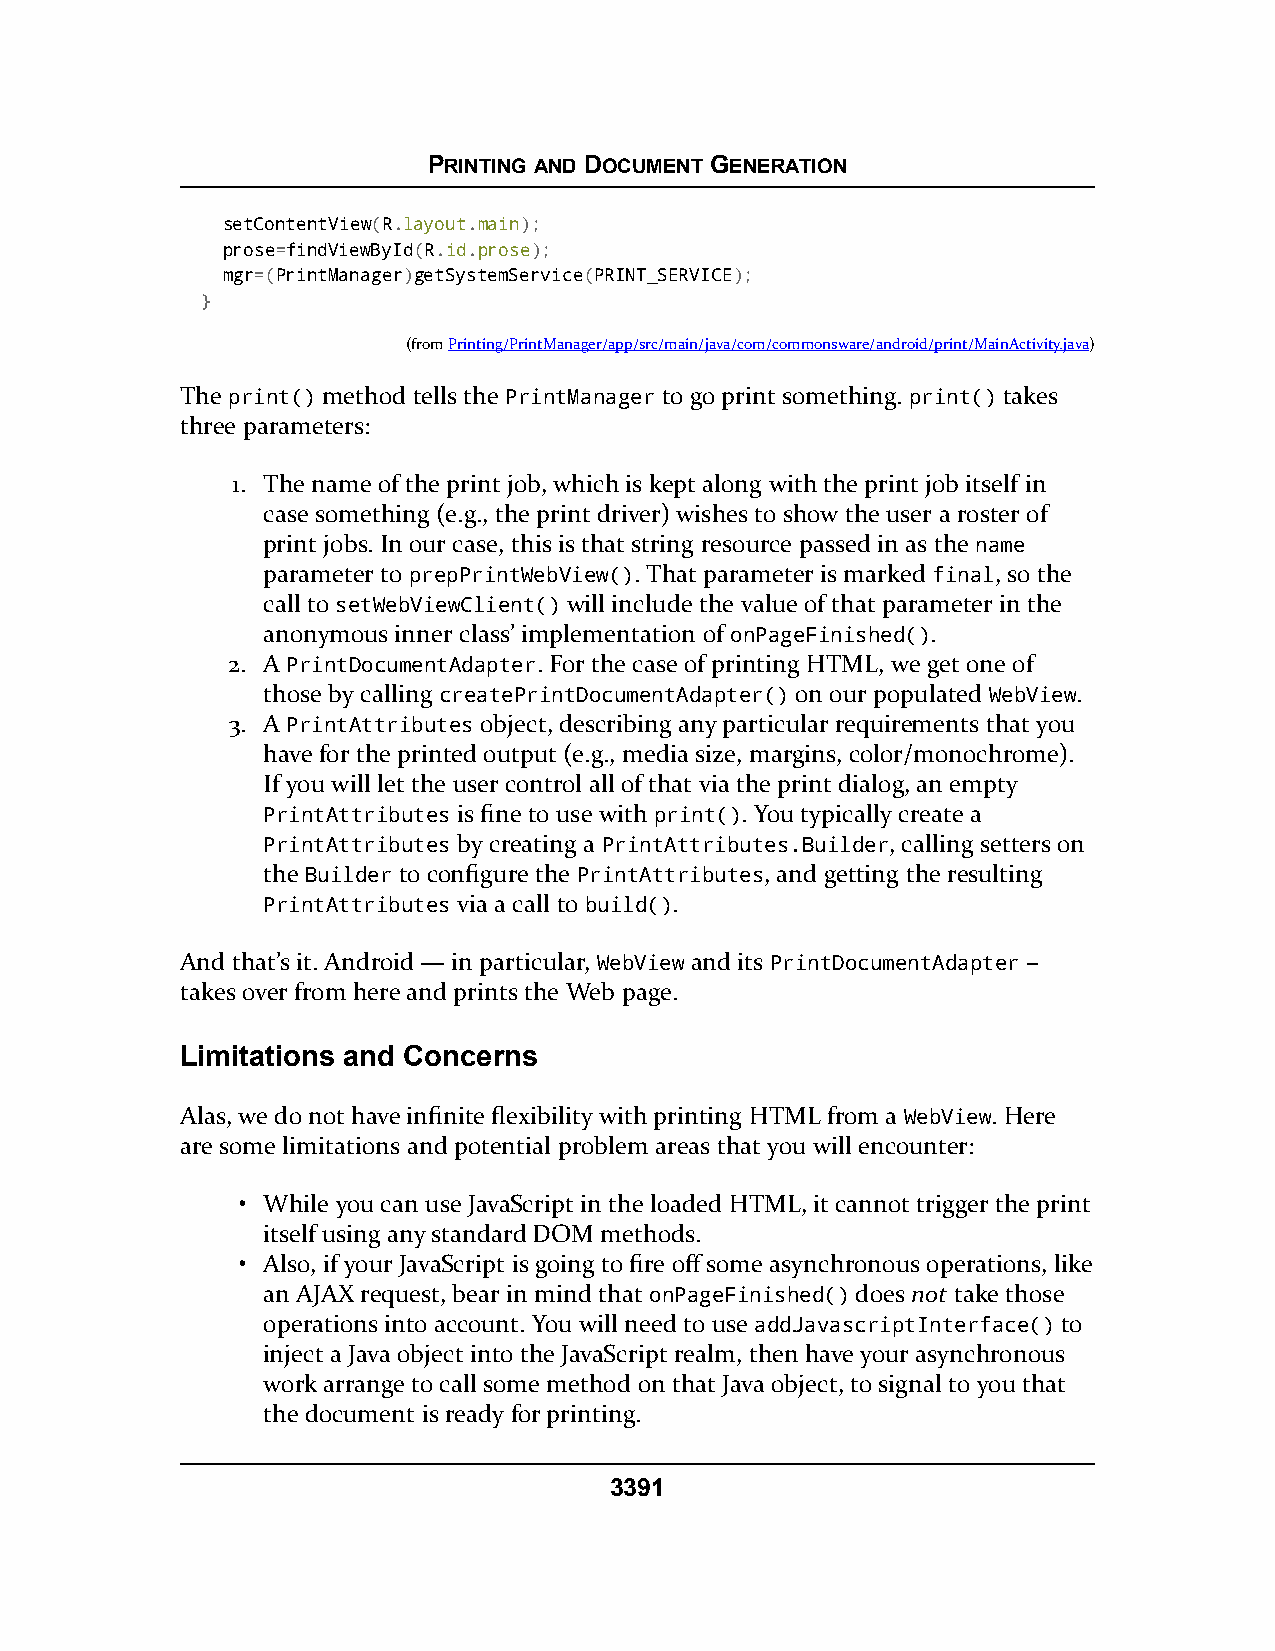
PRINTING AND DOCUMENT GENERATION
 setContentView(R.layout.main);
 prose=findViewById(R.id.prose);
 mgr=(PrintManager)getSystemService(PRINT_SERVICE);
 }
 (fromPrinting/PrintManager/app/src/main/java/com/commonsware/android/print/MainActivity.java)
 The print() method tells the PrintManager to go print something. print() takes
 three parameters:
 1. The name of the print job, which is kept along with the print job itself in
 case something (e.g., the print driver) wishes to show the user a roster of
 print jobs. In our case, this is that string resource passed in as the name
 parameter to prepPrintWebView(). That parameter is marked final, so the
 call to setWebViewClient() will include the value of that parameter in the
 anonymous inner class’ implementation of onPageFinished().
 2. A PrintDocumentAdapter. For the case of printing HTML, we get one of
 those by calling createPrintDocumentAdapter() on our populated WebView.
 3. A PrintAttributes object, describing any particular requirements that you
 have for the printed output (e.g., media size, margins, color/monochrome).
 If you will let the user control all of that via the print dialog, an empty
 PrintAttributes is fine to use with print(). You typically create a
 PrintAttributes by creating a PrintAttributes.Builder, calling setters on
 the Builder to configure the PrintAttributes, and getting the resulting
 PrintAttributes via a call to build().
 And that’s it. Android — in particular, WebView and its PrintDocumentAdapter –
 takes over from here and prints the Web page.
 Limitations and Concerns
 Alas, we do not have infinite flexibility with printing HTML from a WebView. Here
 are some limitations and potential problem areas that you will encounter:
 • While you can use JavaScript in the loaded HTML, it cannot trigger the print
 itself using any standard DOM methods.
 • Also, if your JavaScript is going to fire off some asynchronous operations, like
 an AJAX request, bear in mind that onPageFinished() does not take those
 operations into account. You will need to use addJavascriptInterface() to
 inject a Java object into the JavaScript realm, then have your asynchronous
 work arrange to call some method on that Java object, to signal to you that
 the document is ready for printing.
 3391